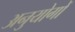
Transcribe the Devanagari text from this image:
अनुयोगों